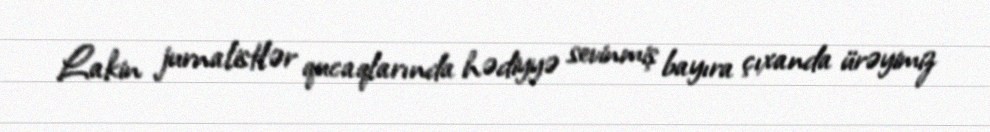
Lakin jurnalistlər qucaqlarında hədiyyə sevinmiş bayıra çıxanda ürəyimiz